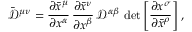
{ \bar { \mathcal { D } } } ^ { \mu \nu } = { \frac { \partial { \bar { x } } ^ { \mu } } { \partial x ^ { \alpha } } } \, { \frac { \partial { \bar { x } } ^ { \nu } } { \partial x ^ { \beta } } } \, { \mathcal { D } } ^ { \alpha \beta } \, \operatorname* { d e t } \left[ { \frac { \partial x ^ { \sigma } } { \partial { \bar { x } } ^ { \rho } } } \right] ,